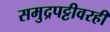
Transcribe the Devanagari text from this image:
समुद्रपट्टीवरही